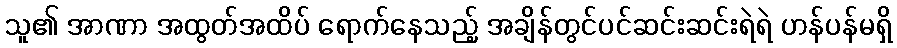
သူ၏ အာဏာ အထွတ်အထိပ် ရောက်နေသည့် အချိန်တွင်ပင်ဆင်းဆင်းရဲရဲ ဟန်ပန်မရှိ